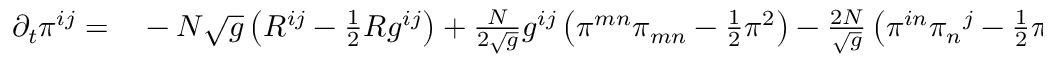
\begin{array} { r l } { \partial _ { t } \pi ^ { i j } = } & { { } - N { \sqrt { g } } \left( R ^ { i j } - { \frac { 1 } { 2 } } R g ^ { i j } \right) + { \frac { N } { 2 { \sqrt { g } } } } g ^ { i j } \left( \pi ^ { m n } \pi _ { m n } - { \frac { 1 } { 2 } } \pi ^ { 2 } \right) - { \frac { 2 N } { \sqrt { g } } } \left( \pi ^ { i n } { \pi _ { n } } ^ { j } - { \frac { 1 } { 2 } } \pi \pi ^ { i j } \right) } \end{array}